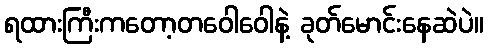
ရထားကြီးကတော့တဝေါဝေါနဲ့ ခုတ်မောင်းနေဆဲပဲ။